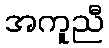
အကူညီ